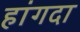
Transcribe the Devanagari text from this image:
हांगदा